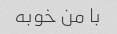
با من خوبه